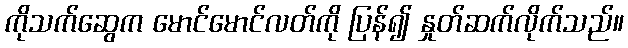
ကိုသက်ဆွေက မောင်မောင်လတ်ကို ပြန်၍ နှုတ်ဆက်လိုက်သည်။